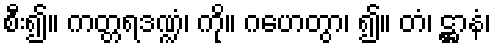
စီး၍။ ကတ္တရဒဏ္ဍံ၊ ကို။ ဂဟေတွာ၊ ၍။ တံ၊ ဋ္ဌာနံ၊